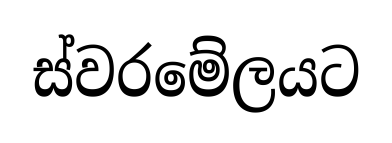
ස්වරමේලයට